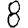
Digit: 8